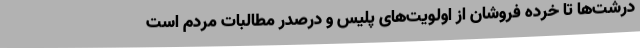
درشت‌ها تا خرده فروشان از اولویت‌های پلیس و درصدر مطالبات مردم است